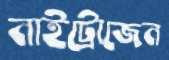
নাইট্রোজেন